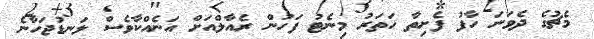
މެޗުގެ ދެވަނަ ހާފު ފެށިތާ ހަތަރު މިނެޓު ފަހުން ރެއާލްއަށް އަނެއްކާވެސް ލަނޑުޖަހާނެ